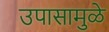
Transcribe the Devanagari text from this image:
उपासामुळे